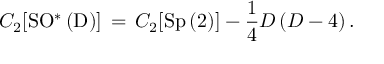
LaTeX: C _ { 2 } [ \mathrm { S O ^ { \ast } \left( D \right) } ] \, = \, C _ { 2 } [ \mathrm { S p \left( 2 \right) } ] - \frac { 1 } { 4 } D \left( D - 4 \right) .